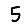
Digit: 5